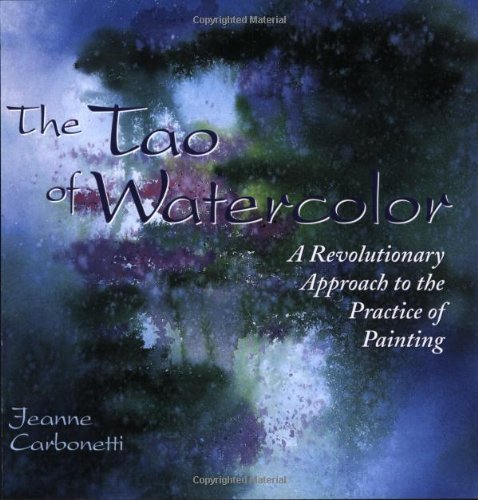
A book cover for The Tao of Watercolor: A Revolutionary Approach to the Practice of Painting (Zen of Creativity); Jeanne Carbonetti; Arts & Photography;